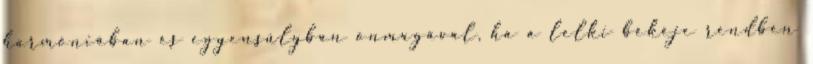
harmóniában és egyensúlyban önmagával, ha a lelki békéje rendben